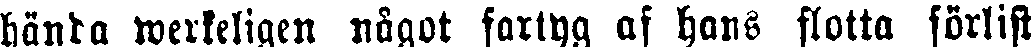
hända werkeligen något fartyg af hans flotta förlift